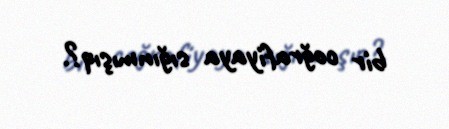
bir coğrafiyaya sığınmışıq?.